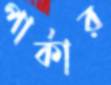
পার্কার